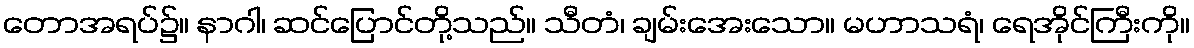
တောအရပ်၌။ နာဂါ၊ ဆင်ပြောင်တို့သည်။ သီတံ၊ ချမ်းအေးသော။ မဟာသရံ၊ ရေအိုင်ကြီးကို။